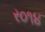
ર૦૧૪